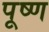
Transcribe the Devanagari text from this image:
पूष्ण